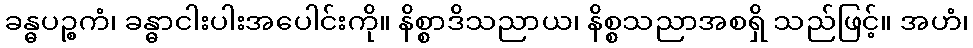
ခန္ဓပဉ္စကံ၊ ခန္ဓာငါးပါးအပေါင်းကို။ နိစ္စာဒိသညာယ၊ နိစ္စသညာအစရှိ သည်ဖြင့်။ အဟံ၊